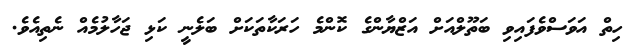
ހިތް އަވަސްވެފައިވި ބަތޫލްއަށް އަޒްޔާންގެ ކޮންމެ ހަރަކާތަކަށް ބަލެނީ ކަޅި ޖަހާލުމެއް ނެތިއެވެ.